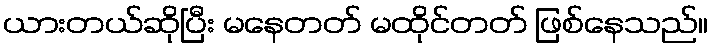
ယားတယ်ဆိုပြီး မနေတတ် မထိုင်တတ် ဖြစ်နေသည်။